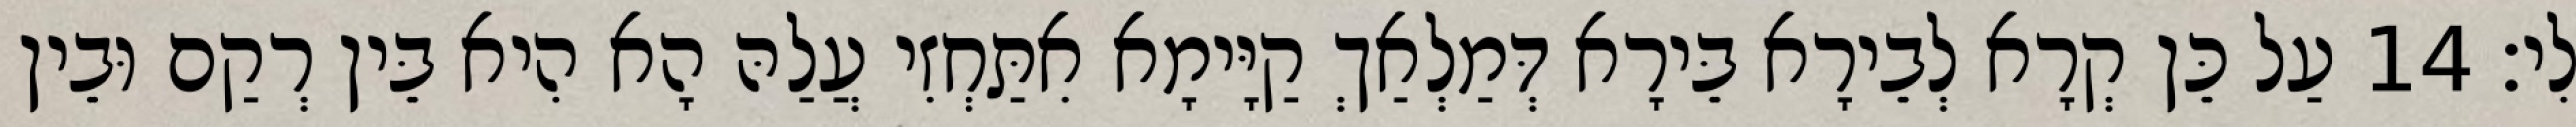
לִי׃ 14 עַל כֵּן קְרָא לְבֵירָא בֵּירָא דְּמַלְאַךְ קַיָּימָא אִתַּחְזִי עֲלַהּ הָא הִיא בֵּין רְקַם וּבֵין